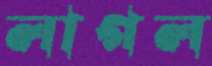
লাগল